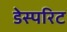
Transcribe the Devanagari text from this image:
डेस्परिट